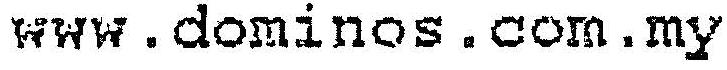
WWW.DOMINOS.COM.MY